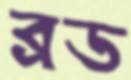
ব্রড